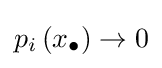
p_{i}\left(x_{\bullet }\right)\to 0